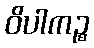
ဝိပါကဉ္စ